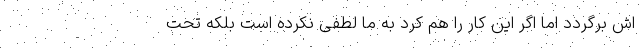
اش برگردد اما اگر این کار را هم کرد به ما لطفی نکرده است بلکه تحت